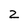
Character: 2